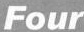
Four